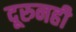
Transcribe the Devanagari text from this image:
दूरुनही